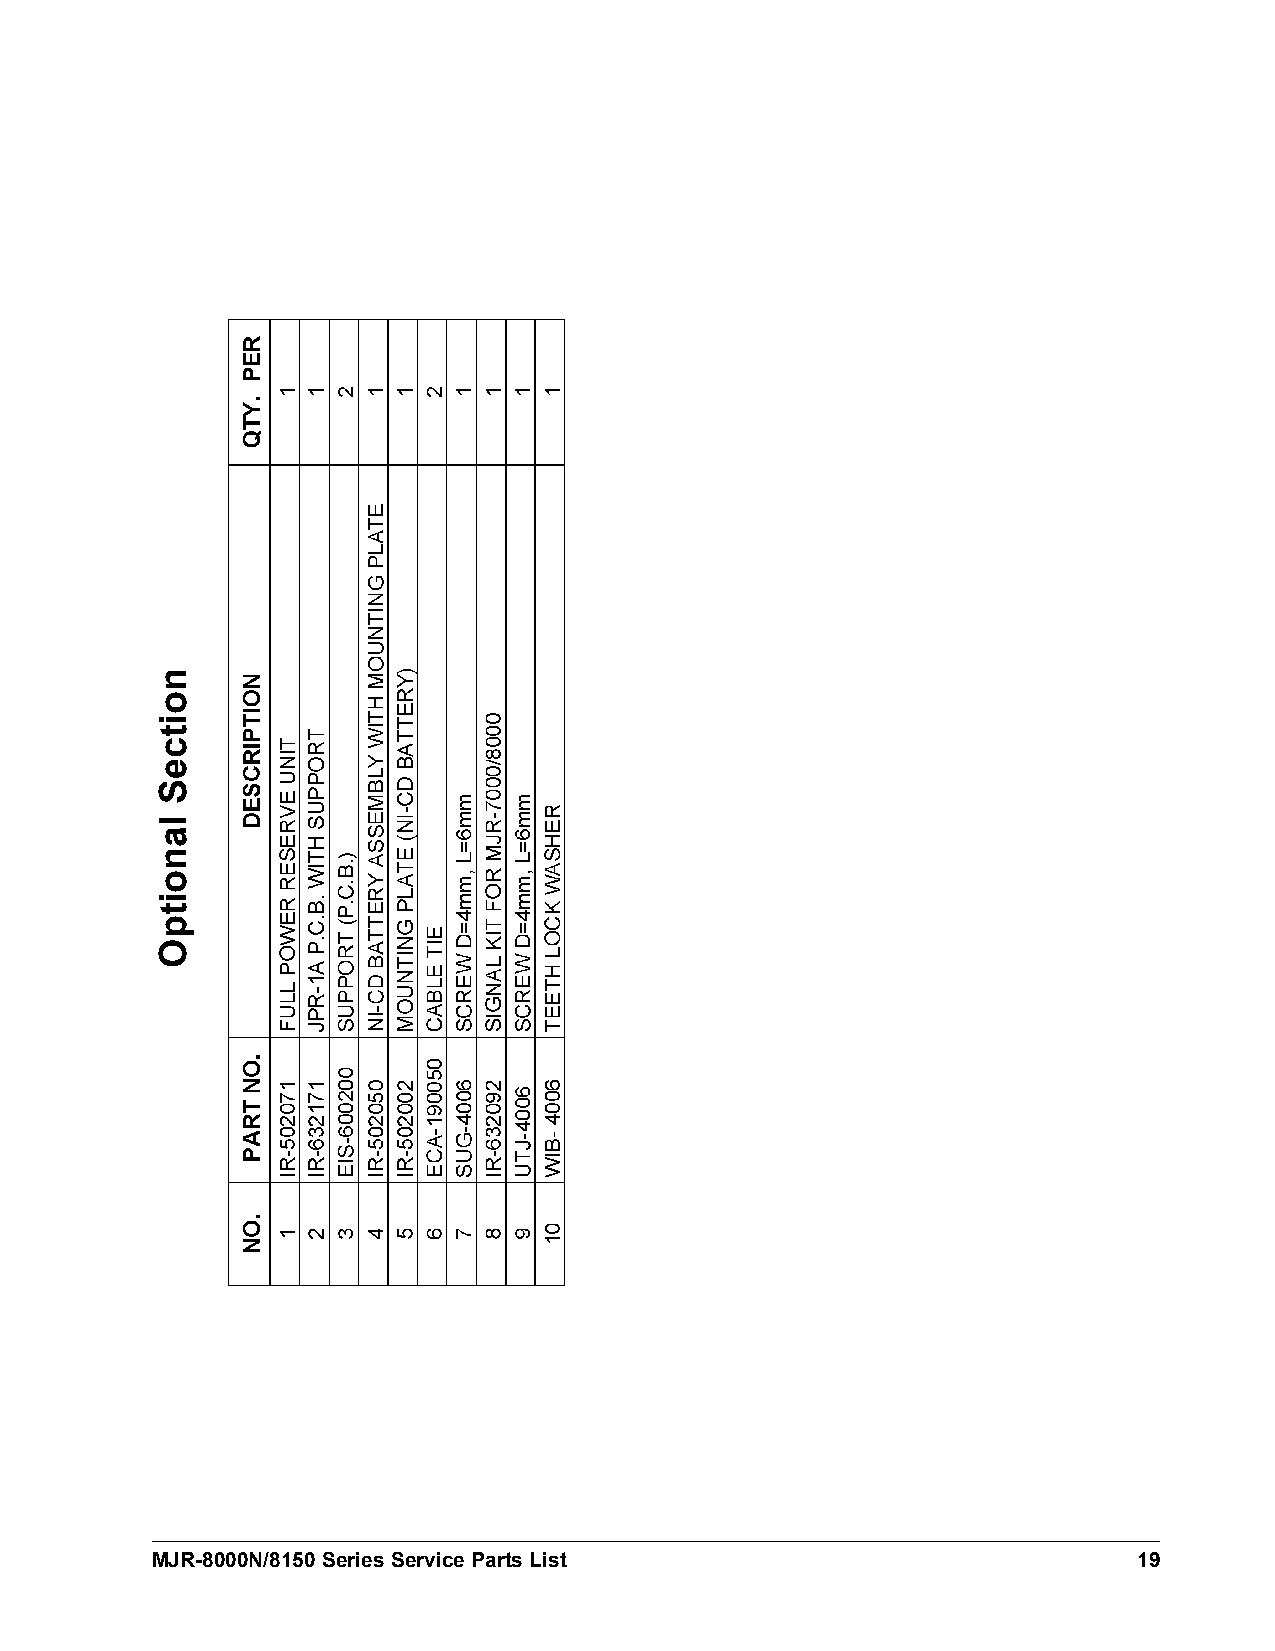
MJR-8000N/8150 Series Service Parts List                         19
 noitceS
 lanoitpO